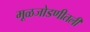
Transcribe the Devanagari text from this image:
मूळजोडणीतली